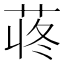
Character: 𫈍